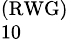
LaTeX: _{10}^{(\mathrm{RWG})}